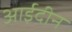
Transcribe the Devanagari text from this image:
आईदीन